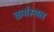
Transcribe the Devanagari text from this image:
कर्यस्थल